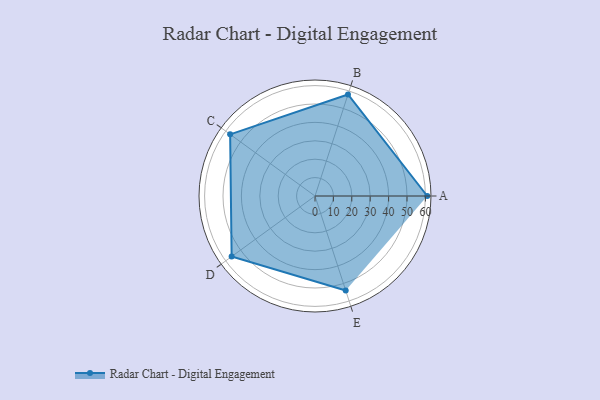
{"axis": {"x": "Skill", "y": "Score"}, "legend": ["Profile"], "data": [{"x": "A", "y": 61.0, "type": "Profile"}, {"x": "B", "y": 58.0, "type": "Profile"}, {"x": "C", "y": 57.0, "type": "Profile"}, {"x": "D", "y": 56.0, "type": "Profile"}, {"x": "E", "y": 54.0, "type": "Profile"}]}